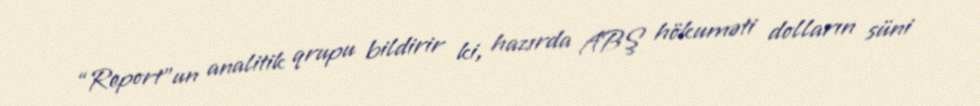
“Report”un analitik qrupu bildirir ki, hazırda ABŞ hökuməti dolların süni